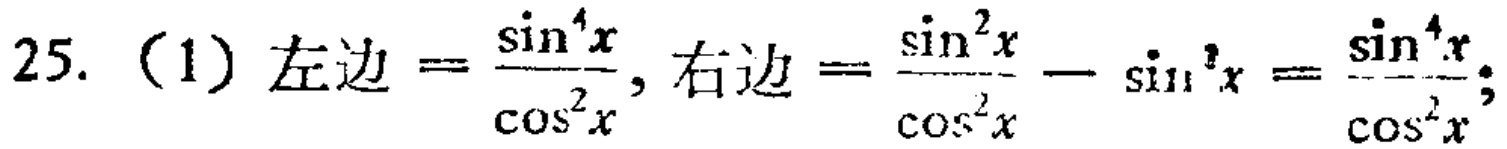
25.（1）左边\(=\frac{\sin^{4}x}{\cos^{2}x}\)，右边\(=\frac{\sin^{2}x}{\cos^{2}x}-\sin^{2}x=\frac{\sin^{4}x}{\cos^{2}x}\)；